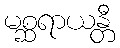
မစ္ဆရာယန္တီ